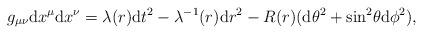
LaTeX: \begin{align*}g_{\mu\nu}{\rm d}x^{\mu}{\rm d}x^{\nu} = \lambda (r){\rm d}t^2- \lambda^{-1} (r) {\rm d}r^2 - R(r)({\rm d}\theta^2 +{\rm sin}^2 \theta{\rm d}\phi^2),\end{align*}